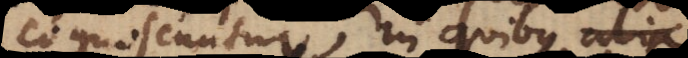
cognoscuntur, in quibus alia